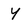
Character: Y